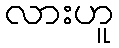
လားဟူ